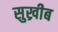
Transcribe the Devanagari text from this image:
सुख्रीब